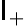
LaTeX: \mathsf{I}_{+}